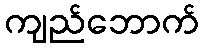
ကျည်ဘောက်